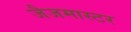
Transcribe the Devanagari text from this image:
जैजमास्टर